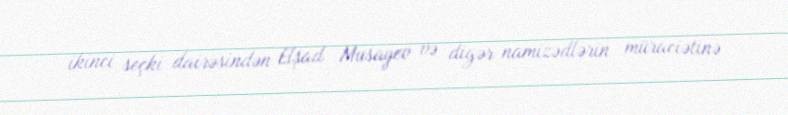
ikinci seçki dairəsindən Elşad Musayev və digər namizədlərin müraciətinə